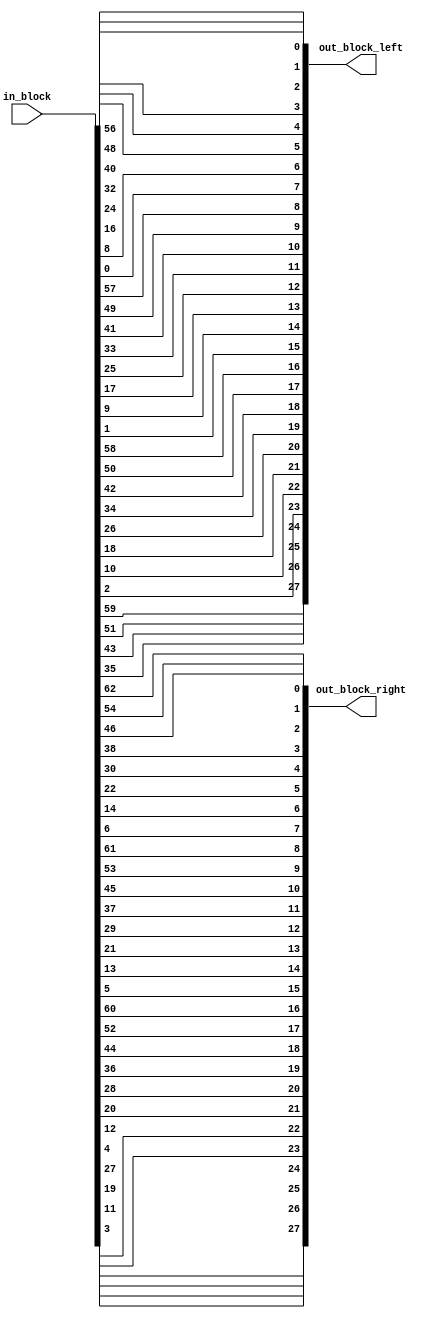
module permuted_choice_1(in_block, out_block_left, out_block_right);

	input [63:0] in_block;
	output [27:0] out_block_left, out_block_right;

	assign out_block_left[0] = in_block[56];
        assign out_block_left[1] = in_block[48];
        assign out_block_left[2] = in_block[40];
        assign out_block_left[3] = in_block[32];
        assign out_block_left[4] = in_block[24];
        assign out_block_left[5] = in_block[16];
        assign out_block_left[6] = in_block[8];
        assign out_block_left[7] = in_block[0];
        assign out_block_left[8] = in_block[57];
        assign out_block_left[9] = in_block[49];
        assign out_block_left[10] = in_block[41];
        assign out_block_left[11] = in_block[33];
        assign out_block_left[12] = in_block[25];
        assign out_block_left[13] = in_block[17];
        assign out_block_left[14] = in_block[9];
        assign out_block_left[15] = in_block[1];
        assign out_block_left[16] = in_block[58];
        assign out_block_left[17] = in_block[50];
        assign out_block_left[18] = in_block[42];
        assign out_block_left[19] = in_block[34];
        assign out_block_left[20] = in_block[26];
        assign out_block_left[21] = in_block[18];
        assign out_block_left[22] = in_block[10];
        assign out_block_left[23] = in_block[2];
        assign out_block_left[24] = in_block[59];
        assign out_block_left[25] = in_block[51];
        assign out_block_left[26] = in_block[43];
        assign out_block_left[27] = in_block[35];

	assign out_block_right[0] = in_block[62];
        assign out_block_right[1] = in_block[54];
        assign out_block_right[2] = in_block[46];
        assign out_block_right[3] = in_block[38];
        assign out_block_right[4] = in_block[30];
        assign out_block_right[5] = in_block[22];
        assign out_block_right[6] = in_block[14];
        assign out_block_right[7] = in_block[6];
        assign out_block_right[8] = in_block[61];
        assign out_block_right[9] = in_block[53];
        assign out_block_right[10] = in_block[45];
        assign out_block_right[11] = in_block[37];
        assign out_block_right[12] = in_block[29];
        assign out_block_right[13] = in_block[21];
        assign out_block_right[14] = in_block[13];
        assign out_block_right[15] = in_block[5];
        assign out_block_right[16] = in_block[60];
        assign out_block_right[17] = in_block[52];
        assign out_block_right[18] = in_block[44];
        assign out_block_right[19] = in_block[36];
        assign out_block_right[20] = in_block[28];
        assign out_block_right[21] = in_block[20];
        assign out_block_right[22] = in_block[12];
        assign out_block_right[23] = in_block[4];
        assign out_block_right[24] = in_block[27];
        assign out_block_right[25] = in_block[19];
        assign out_block_right[26] = in_block[11];
        assign out_block_right[27] = in_block[3];

endmodule